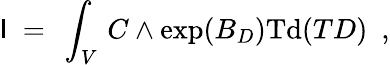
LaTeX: \mathsf{I}\ =\ \int_{V}\, C\wedge\exp(B_{D})\mathrm{{Td}}(TD)\ \ ,